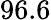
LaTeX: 96.6